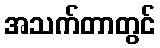
အသက်တာတွင်